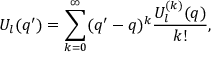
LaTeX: U _ { l } ( q ^ { \prime } ) = \sum _ { k = 0 } ^ { \infty } ( q ^ { \prime } - q ) ^ { k } \frac { U _ { l } ^ { ( k ) } ( q ) } { k ! } ,